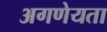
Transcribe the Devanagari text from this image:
अगणेयता